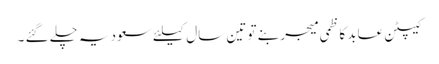
کیپٹن عابد کاظمی میجر بنے تو تین سال کیلئے سعودیہ چلے گئے ۔